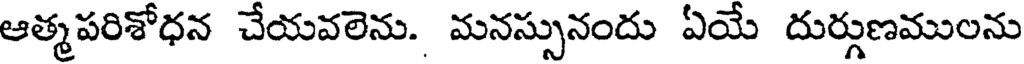
ఆత్మపరిశోధన చేయవలెను. మనస్సునందు ఏయే దుర్గుణములను